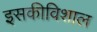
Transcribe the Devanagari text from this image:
इसकीविशाल